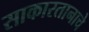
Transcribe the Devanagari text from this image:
साकारतानाचे